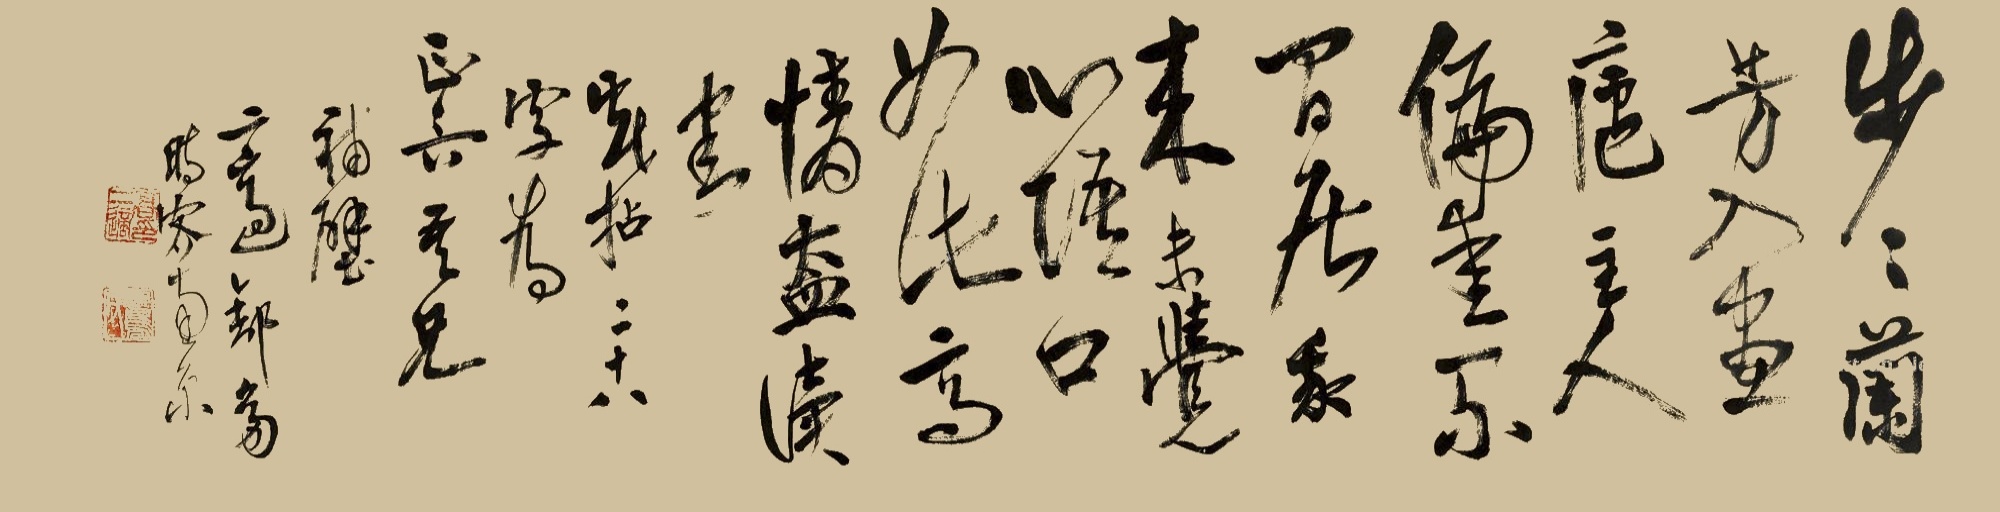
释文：步步兰芳入画庐，主人偏爱不闲居。我来未觉心语口，如此高情盍读书。戏拈二十八字为正吟吾兄补璧。二适舒凫，时客南京。